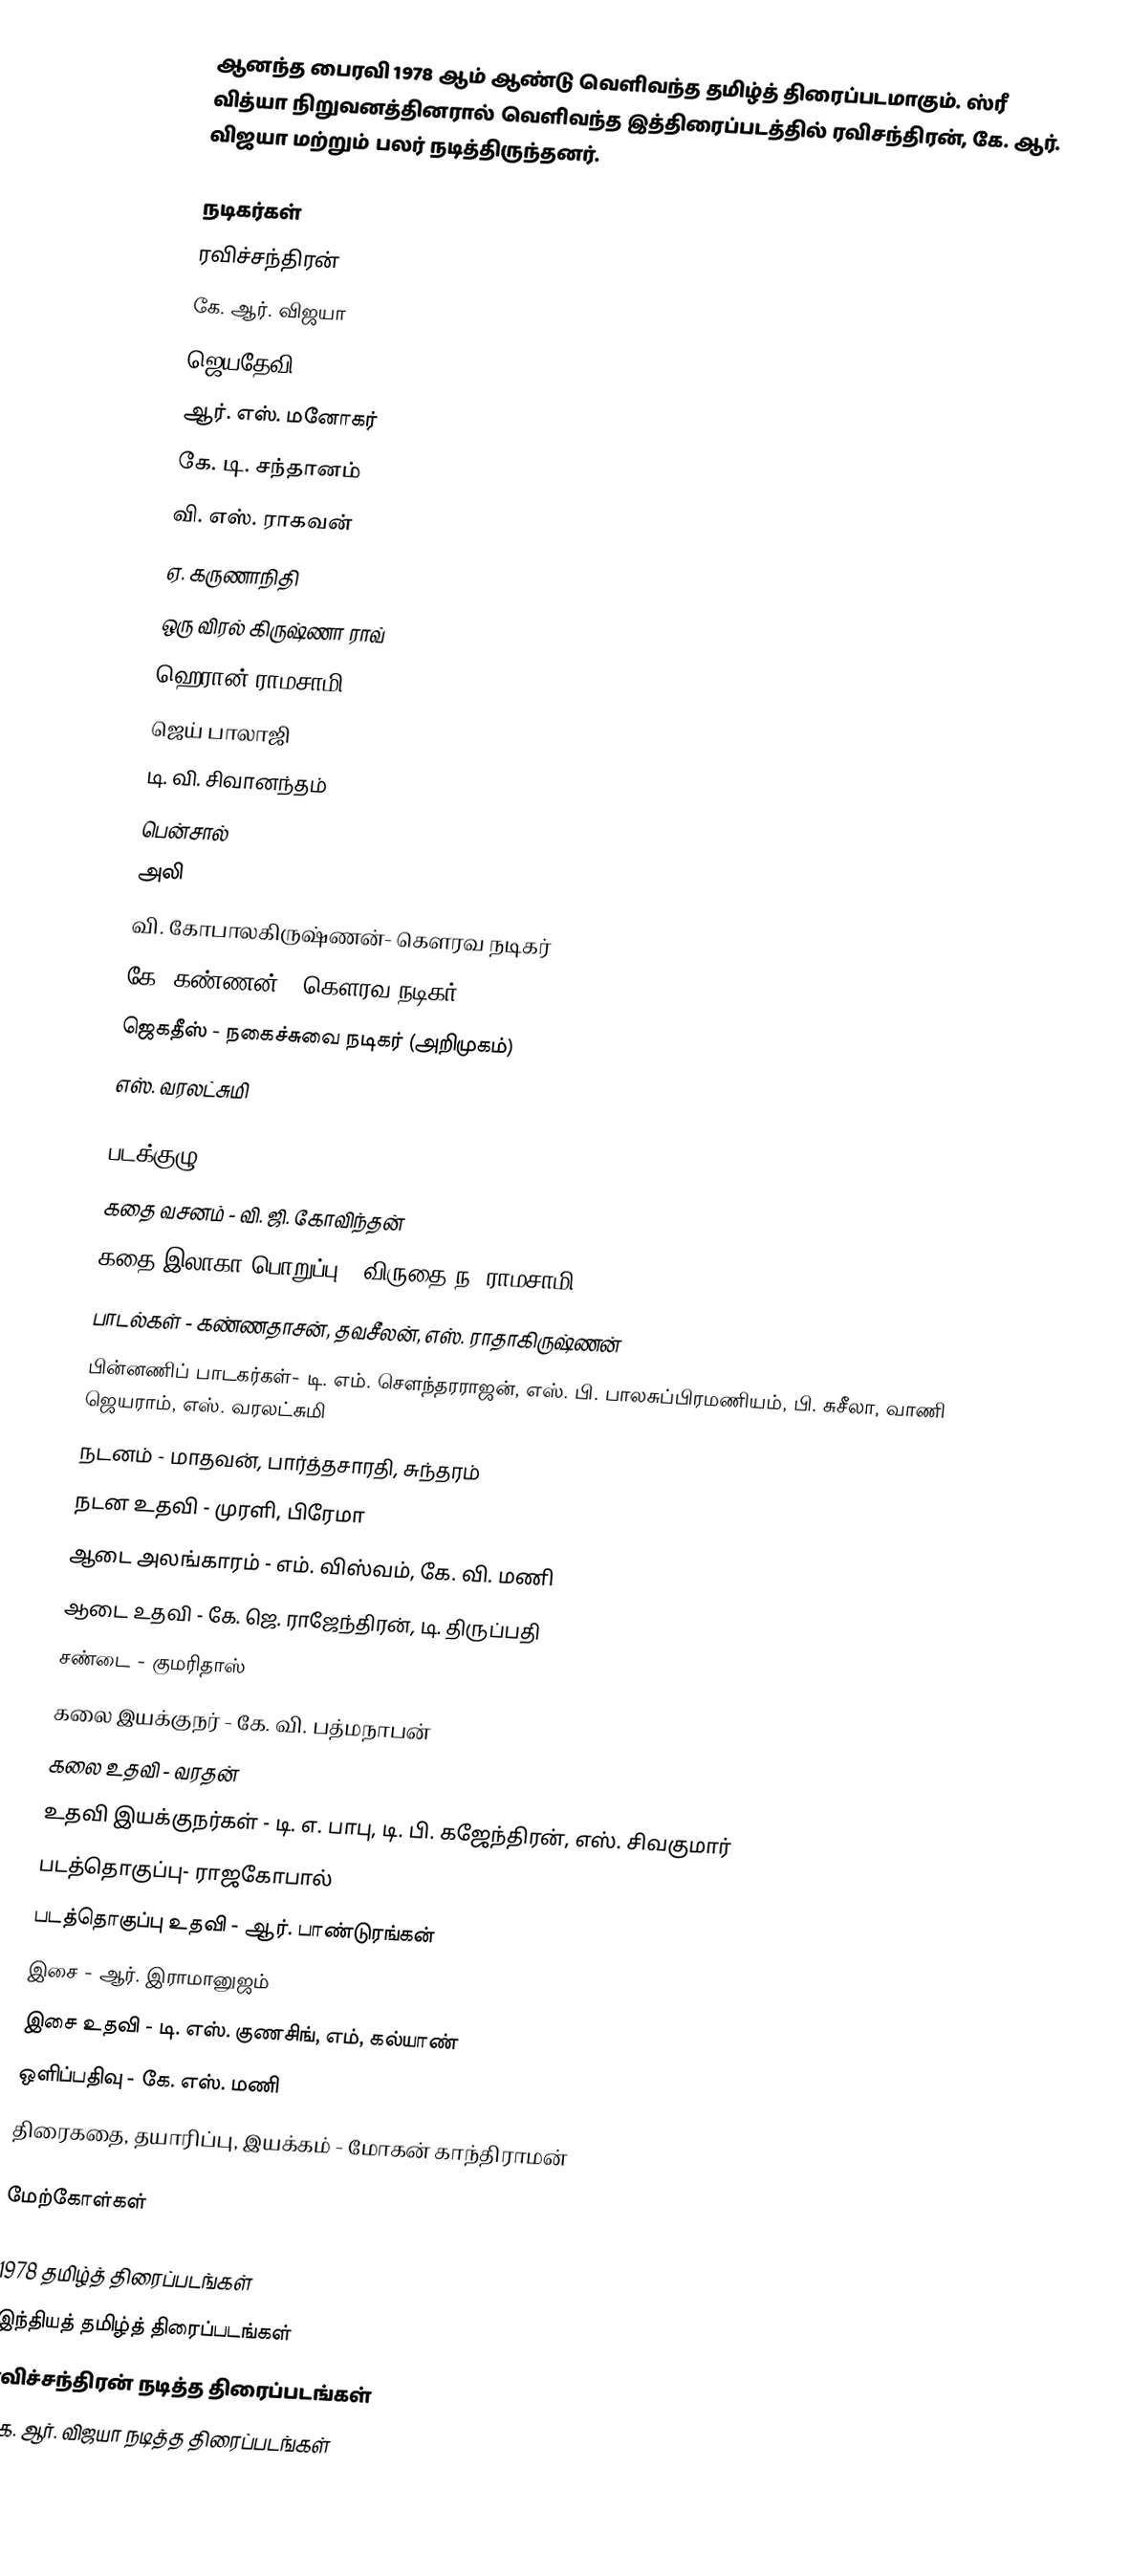
ஆனந்த பைரவி 1978 ஆம் ஆண்டு வெளிவந்த தமிழ்த் திரைப்படமாகும். ஸ்ரீ வித்யா நிறுவனத்தினரால் வெளிவந்த இத்திரைப்படத்தில் ரவிசந்திரன், கே. ஆர். விஜயா மற்றும் பலர் நடித்திருந்தனர்.

நடிகர்கள்
 ரவிச்சந்திரன்
 கே. ஆர். விஜயா
 ஜெயதேவி
 ஆர். எஸ். மனோகர்
 கே. டி. சந்தானம்
 வி. எஸ். ராகவன்
 ஏ. கருணாநிதி
 ஒரு விரல் கிருஷ்ணா ராவ்
 ஹெரான் ராமசாமி
 ஜெய் பாலாஜி
 டி. வி. சிவானந்தம்
 பென்சால்
 அலி
 வி. கோபாலகிருஷ்ணன்- கௌரவ நடிகர்
 கே. கண்ணன் - கௌரவ நடிகர்
 ஜெகதீஸ் - நகைச்சுவை நடிகர் (அறிமுகம்)
 எஸ். வரலட்சுமி

படக்குழு
 கதை வசனம் - வி. ஜி. கோவிந்தன்
 கதை இலாகா பொறுப்பு - விருதை ந. ராமசாமி
 பாடல்கள் - கண்ணதாசன், தவசீலன், எஸ். ராதாகிருஷ்ணன்
 பின்னணிப் பாடகர்கள்- டி. எம். சௌந்தரராஜன், எஸ். பி. பாலசுப்பிரமணியம், பி. சுசீலா, வாணி ஜெயராம், எஸ். வரலட்சுமி
 நடனம் - மாதவன், பார்த்தசாரதி, சுந்தரம்
 நடன உதவி - முரளி, பிரேமா
 ஆடை அலங்காரம் - எம். விஸ்வம், கே. வி. மணி
 ஆடை உதவி - கே. ஜெ. ராஜேந்திரன், டி. திருப்பதி
 சண்டை - குமரிதாஸ்
 கலை இயக்குநர் - கே. வி. பத்மநாபன்
 கலை உதவி - வரதன்
 உதவி இயக்குநர்கள் - டி. எ. பாபு, டி. பி. கஜேந்திரன், எஸ். சிவகுமார்
 படத்தொகுப்பு- ராஜகோபால்
 படத்தொகுப்பு உதவி - ஆர். பாண்டுரங்கன்
 இசை - ஆர். இராமானுஜம்
 இசை உதவி - டி. எஸ். குணசிங், எம், கல்யாண்
 ஒளிப்பதிவு - கே. எஸ். மணி
 திரைகதை, தயாரிப்பு, இயக்கம் - மோகன் காந்திராமன்

மேற்கோள்கள்

1978 தமிழ்த் திரைப்படங்கள்
இந்தியத் தமிழ்த் திரைப்படங்கள்
ரவிச்சந்திரன் நடித்த திரைப்படங்கள்
கே. ஆர். விஜயா நடித்த திரைப்படங்கள்